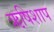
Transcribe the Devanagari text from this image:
ऋषिशाप